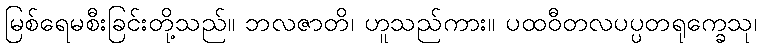
မြစ်ရေမစီးခြင်းတို့သည်။ ဘလဇာတိ၊ ဟူသည်ကား။ ပထဝီတလပပ္ပတရုက္ခေသု၊